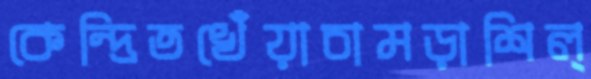
কেন্দ্রিতখেঁয়াচামড়াশিল্